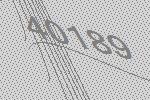
40189